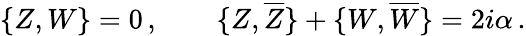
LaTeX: \{ Z,W\} =0\, ,\qquad\{ Z,\overline{{{Z}}}\} +\{ W,\overline{{{W}}}\} =2i\alpha\, .